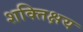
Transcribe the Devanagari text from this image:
शक्तिक्षय